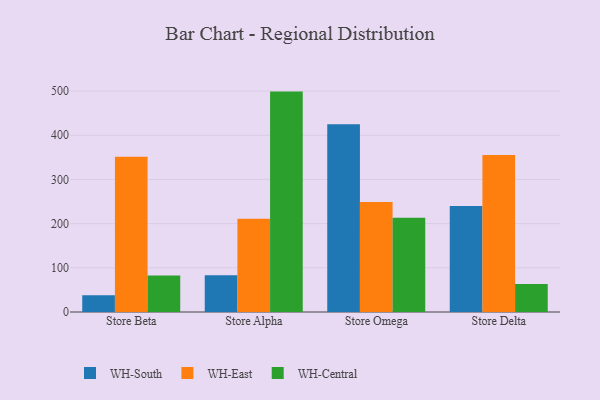
{"axis": {"x": "Store", "y": "Latency (ms)"}, "legend": ["WH-Central", "WH-East", "WH-South"], "data": [{"x": "Store Beta", "y": 37.8, "type": "WH-South"}, {"x": "Store Beta", "y": 351.1, "type": "WH-East"}, {"x": "Store Beta", "y": 82.5, "type": "WH-Central"}, {"x": "Store Alpha", "y": 83.0, "type": "WH-South"}, {"x": "Store Alpha", "y": 210.9, "type": "WH-East"}, {"x": "Store Alpha", "y": 498.8, "type": "WH-Central"}, {"x": "Store Omega", "y": 424.9, "type": "WH-South"}, {"x": "Store Omega", "y": 249.1, "type": "WH-East"}, {"x": "Store Omega", "y": 213.3, "type": "WH-Central"}, {"x": "Store Delta", "y": 240.0, "type": "WH-South"}, {"x": "Store Delta", "y": 355.3, "type": "WH-East"}, {"x": "Store Delta", "y": 63.5, "type": "WH-Central"}]}